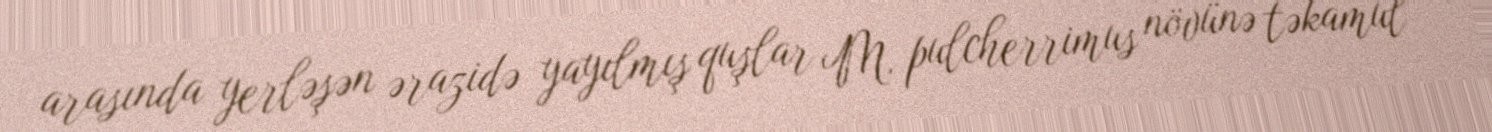
arasında yerləşən ərazidə yayılmış quşlar M. pulcherrimus növünə təkamül